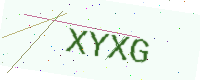
Text: XYXG